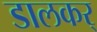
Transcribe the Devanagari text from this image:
डालकर्